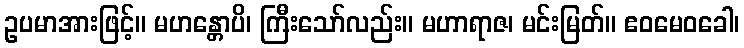
ဥပမာအားဖြင့်။ မဟန္တောပိ၊ ကြီးသော်လည်း။ မဟာရာဇ၊ မင်းမြတ်။ ဧဝမေဝခေါ၊